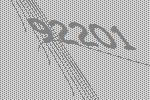
92201